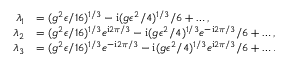
\begin{array} { r l } { \lambda _ { 1 } } & { = ( g ^ { 2 } \epsilon / 1 6 ) ^ { 1 / 3 } - \mathrm { i } ( g \epsilon ^ { 2 } / 4 ) ^ { 1 / 3 } / 6 + \ldots , } \\ { \lambda _ { 2 } } & { = ( g ^ { 2 } \epsilon / 1 6 ) ^ { 1 / 3 } e ^ { \mathrm { i } 2 \pi / 3 } - \mathrm { i } ( g \epsilon ^ { 2 } / 4 ) ^ { 1 / 3 } e ^ { - \mathrm { i } 2 \pi / 3 } / 6 + \ldots , } \\ { \lambda _ { 3 } } & { = ( g ^ { 2 } \epsilon / 1 6 ) ^ { 1 / 3 } e ^ { - \mathrm { i } 2 \pi / 3 } - \mathrm { i } ( g \epsilon ^ { 2 } / 4 ) ^ { 1 / 3 } e ^ { \mathrm { i } 2 \pi / 3 } / 6 + \ldots . } \end{array}